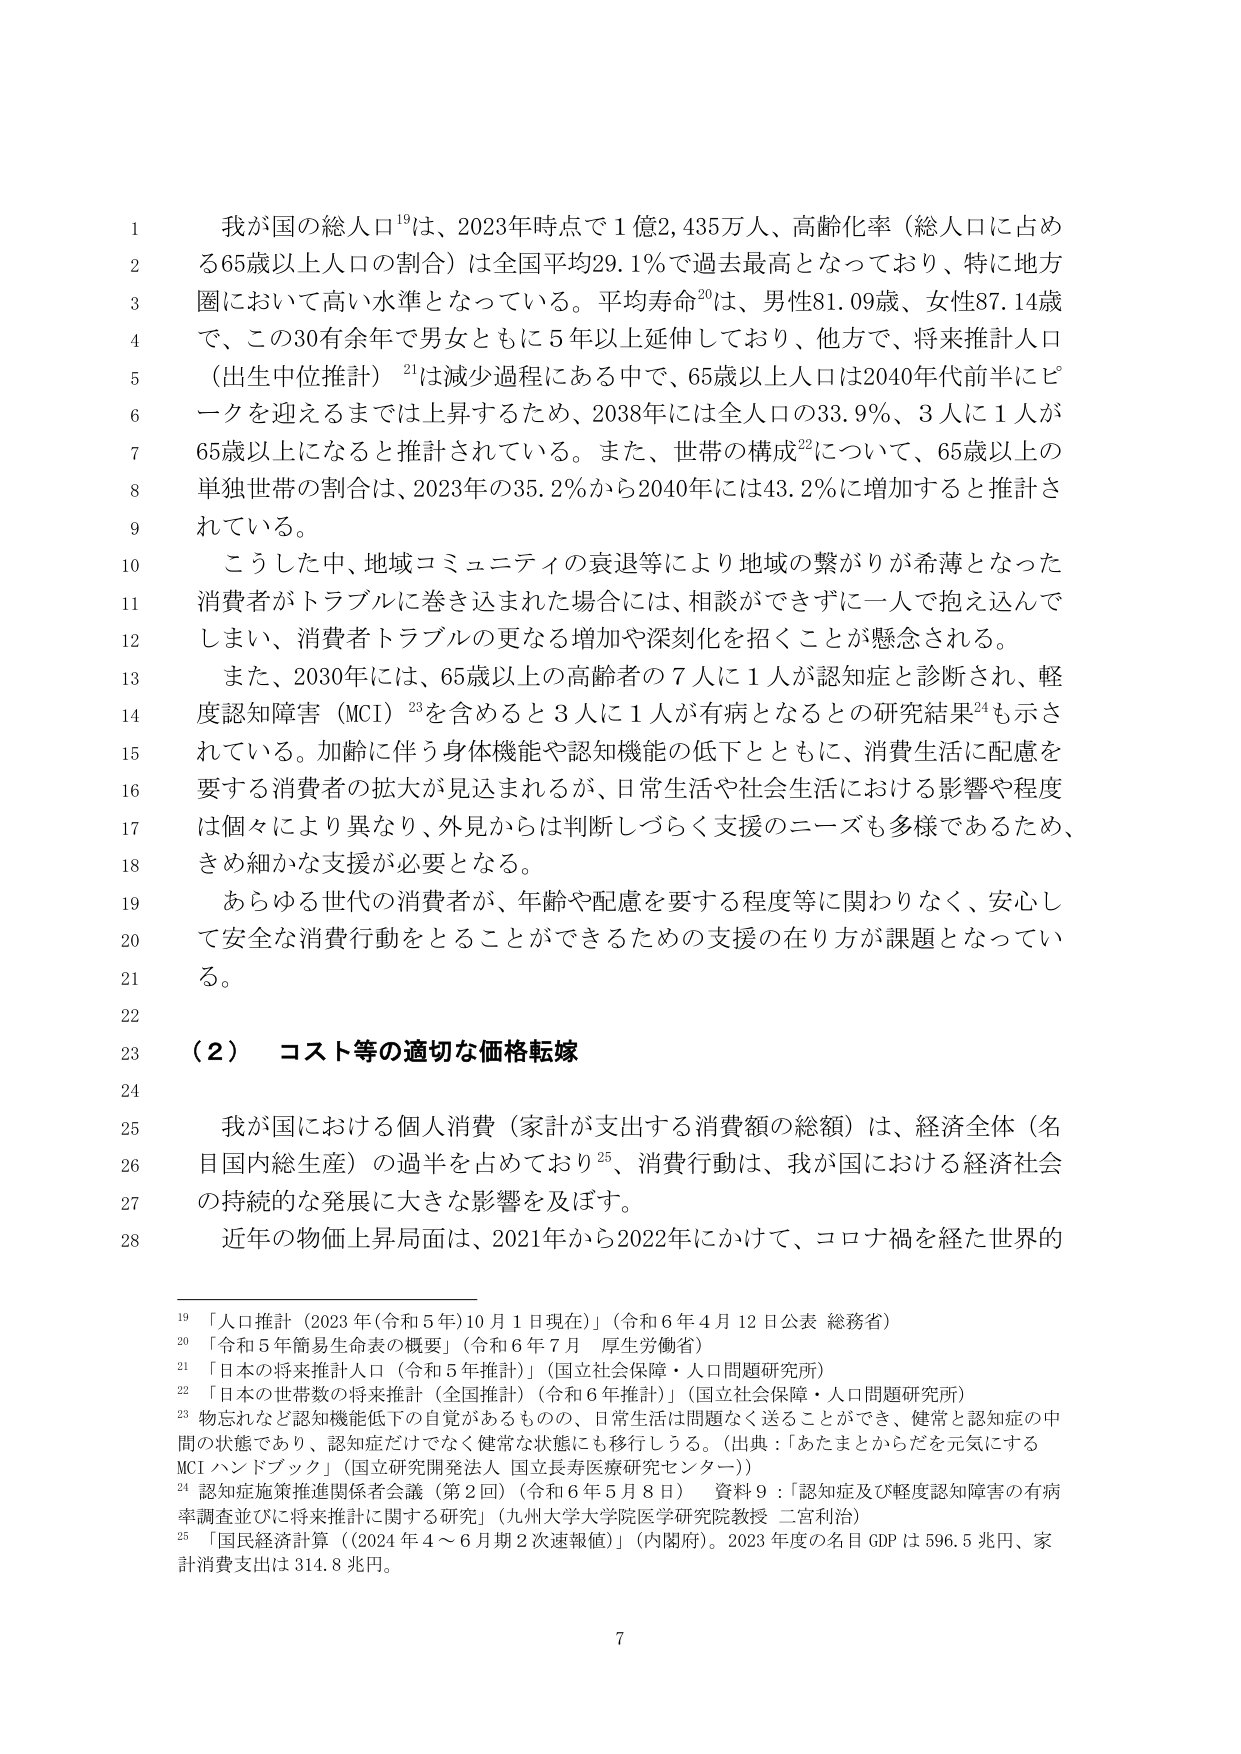
我が国の総人口¹⁹は、2023年時点で1億2,435万人、高齢化率（総人口に占める65歳以上人口の割合）は全国平均29.1％で過去最高となっており、特に地方圏において高い水準となっている。平均寿命²⁰は、男性81.09歳、女性87.14歳で、この30有余年で男女ともに5年以上延伸しており、他方で、将来推計人口（出生中位推計）²¹は減少過程にある中で、65歳以上人口は2040年代前半にピークを迎えるまでは上昇するため、2038年には全人口の33.9％、3人に1人が65歳以上になると推計されている。また、世帯の構成²²について、65歳以上の単独世帯の割合は、2023年の35.2％から2040年には43.2％に増加すると推計されている。

こうした中、地域コミュニティの衰退等により地域の繋がりが希薄となった消費者がトラブルに巻き込まれた場合には、相談ができずに一人で抱え込んでしまい、消費者トラブルの更なる増加や深刻化を招くことが懸念される。

また、2030年には、65歳以上の高齢者の7人に1人が認知症と診断され、軽度認知障害（MCI）²³を含めると3人に1人が有病となるとの研究結果²⁴も示されている。加齢に伴う身体機能や認知機能の低下とともに、消費生活に配慮を要する消費者の拡大が見込まれるが、日常生活や社会生活における影響や程度は個々により異なり、外見からは判断しづらく支援のニーズも多様であるため、きめ細かな支援が必要となる。

あらゆる世代の消費者が、年齢や配慮を要する程度等に関わりなく、安心して安全な消費行動をとることができるための支援の在り方が課題となっている。

（2） コスト等の適切な価格転嫁

我が国における個人消費（家計が支出する消費額の総額）は、経済全体（名目国内総生産）の過半を占めており²⁵、消費行動は、我が国における経済社会の持続的な発展に大きな影響を及ぼす。

近年の物価上昇局面は、2021年から2022年にかけて、コロナ禍を経た世界的

¹⁹ 「人口推計（2023年（令和5年）10月1日現在）」（令和6年4月12日公表 総務省）
²⁰ 「令和5年簡易生命表の概要」（令和6年7月 厚生労働省）
²¹ 「日本の将来推計人口（令和5年推計）」（国立社会保障・人口問題研究所）
²² 「日本の世帯数の将来推計（全国推計）（令和6年推計）」（国立社会保障・人口問題研究所）
²³ 物忘れなど認知機能低下の自覚があるものの、日常生活は問題なく送ることができ、健常と認知症の中間の状態であり、認知症だけでなく健常な状態にも移行しうる。（出典：「あたまとからだを元気にするMCIハンドブック」（国立研究開発法人 国立長寿医療研究センター））
²⁴ 認知症施策推進関係者会議（第2回）（令和6年5月8日） 資料9：「認知症及び軽度認知障害の有病率調査並びに将来推計に関する研究」（九州大学大学院医学研究院教授 二宮利治）
²⁵ 「国民経済計算（2024年4～6月期2次速報値）」（内閣府）。2023年度の名目GDPは596.5兆円、家計消費支出は314.8兆円。

7